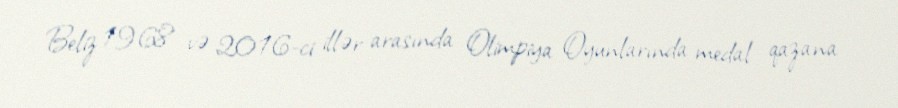
Beliz 1968 və 2016-ci illər arasında Olimpiya Oyunlarında medal qazana